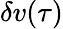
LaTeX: \delta v(\tau)